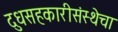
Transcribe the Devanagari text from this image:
दुधसहकारीसंस्थेचा